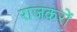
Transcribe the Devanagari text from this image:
राजकरों